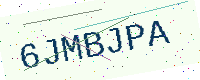
Text: 6JMBJPA